system: You are a helpful assistant.
user:
Analyze the provided spectrum to determine if it is a **Carbon Star (C-type)**.

- **Key Visual Indicators of Carbon Star:**
    - **(Primary):** Strong molecular absorption from **C₂ (diatomic carbon) "Swan Bands."** This is the **defining feature** of a carbon star.
        - **(Key Bandheads):** Sharp absorption edges are visible at approximately $5635$ Å, $5165$ Å (the strongest band), and $4737$ Å.
        - **(Line Profile):** Creates a distinct **"saw-tooth"** pattern. The key morphology is a sharp, steep bandhead on the **red (long-wavelength) side**, which then gradually tapers off (i.e., flux recovers) towards the **blue (short-wavelength) side**. *(This is the direct opposite of the TiO bands seen in M-type stars)*.

    - **(Secondary):** Intense **CN (cyanogen)** molecular absorption bands.
        - **(Key Bandheads):** Located in the blue and violet regions of the spectrum (e.g., near $4215$ Å and $3883$ Å).
        - **(Morphology):** These bands are extremely broad and act as a "blanket," absorbing the vast majority of blue and violet light. This creates a characteristic **"cliff"** or **"steep drop-off"** in the spectrum's flux at short wavelengths.

    - **(Key Confirmation):** Strong **CH absorption band (G-band)**.
        - **(Key Bandhead):** Located around $4300$ Å. The contribution from CH molecules to this band is exceptionally strong.

    - **(Overall Spectrum):**
        - The continuum is severely "chopped up" by these deep molecular bands, especially C₂, rather than appearing as a smooth curve.
        - Due to the heavy CN and C₂ absorption in the blue-green, the vast majority of the star's flux is concentrated in the red part of the spectrum, giving the star its characteristic deep red color.

Think first, call **spectral_visualization_tool** if needed to examine features in detail, then provide your final answer. Your response must adhere to the following strict rules:
1.  **Overall Structure:** Your response must follow the format `<think>...</think> <tool_call>...</tool_call> (if a tool is used) <answer>...</answer>`.
2.  **Tool Usage Constraint:** You may only make **one** tool call per turn.
3.  **Final Answer Format:** In the `<answer>` tag, your conclusion must be inside a `\boxed{}` command (e.g., `\boxed{YES}`), followed by your justification.

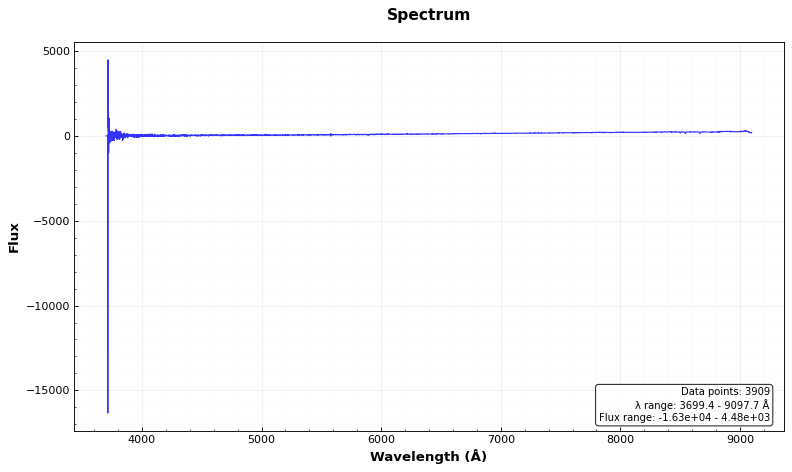
Answer: NO